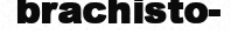
brachisto-